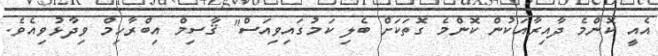
އެއީ ކޮންމެ ދާއިރާއަކުން ކޮންމެ ގޮތަކަށް ބެލި ކަމުގައިވިއަސް" ޤާސިމް އިބްރާހިމް ވިދާޅުވިއެވެ.